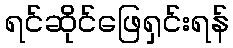
ရင်ဆိုင်ဖြေရှင်းရန်